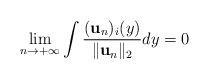
LaTeX: \begin{align*}\lim_{n\rightarrow +\infty}\int \frac{(\mathbf{u}_{n})_{i}(y)}{\lVert \mathbf{u}_{n}\lVert_{2} }dy=0\end{align*}